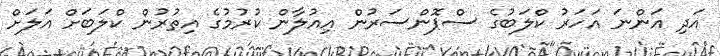
އަދި އަންނަ އަހަރު ކްލަބުގެ ސްޕޮންސަރުން އިއުލާން ކުރުމުގެ އިތުރުން ކްލަބަށް އަލަށް